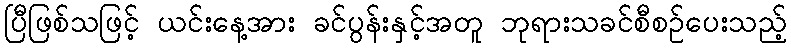
ပြီဖြစ်သဖြင့် ယင်းနေ့အား ခင်ပွန်းနှင့်အတူ ဘုရားသခင်စီစဉ်ပေးသည့်